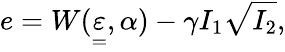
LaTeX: e=W(\underset{=}{\varepsilon},\alpha)-\gamma I_{1}\sqrt{I_{2}},